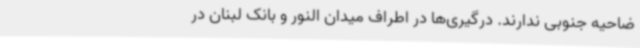
ضاحیه جنوبی ندارند. درگیری‌ها در اطراف میدان النور و بانک لبنان در